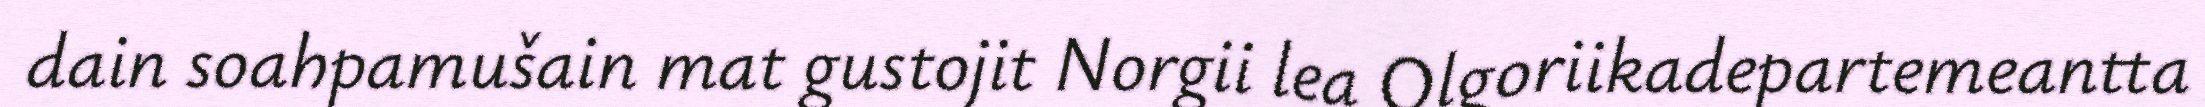
dain soahpamušain mat gustojit Norgii lea Olgoriikadepartemeantta